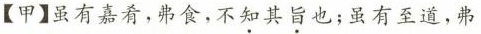
【甲】虽有嘉肴，弗食，不知其旨也；虽有至道，弗